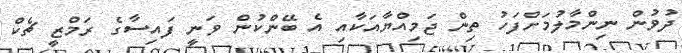
ދުވުން ނިންމާލުމަށްފަހު ތިން ޖަމިއްޔާއަކާއި އެ ބޭންކުން ވަނީ ފައިސާގެ ރަމްޒީ ޗެކް